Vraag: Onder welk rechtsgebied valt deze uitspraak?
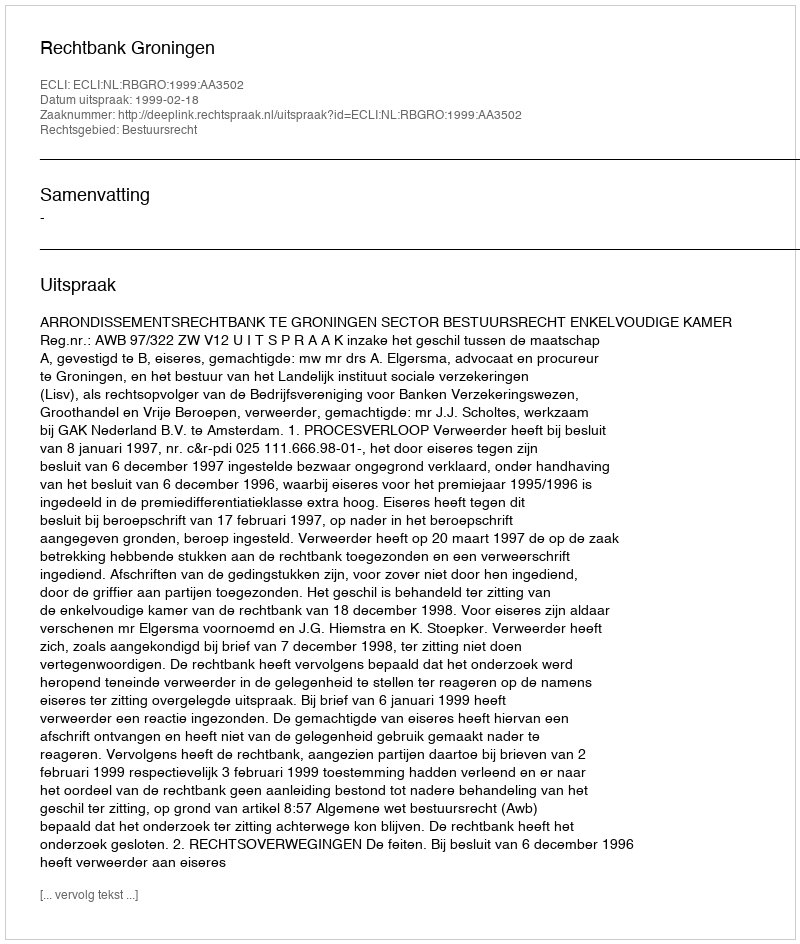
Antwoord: Bestuursrecht